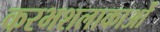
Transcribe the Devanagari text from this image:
करभशलाकाओं